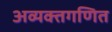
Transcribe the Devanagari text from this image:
अव्यक्तगणित